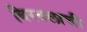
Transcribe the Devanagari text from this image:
बिरबलाची